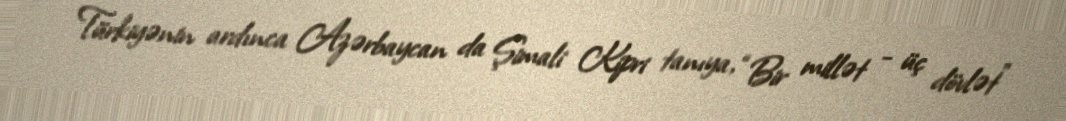
Türkiyənin ardınca Azərbaycan da Şimali Kipri tanıya, “Bir millət - üç dövlət”